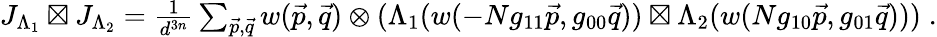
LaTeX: \begin{array}{r}{J_{\Lambda_{1}}\boxtimes J_{\Lambda_{2}}=\frac{1}{d^{3n}}\sum_{\vec{p},\vec{q}}w(\vec{p},\vec{q})\otimes(\Lambda_{1}(w(-Ng_{11}\vec{p},g_{00}\vec{q}))\boxtimes\Lambda_{2}(w(Ng_{10}\vec{p},g_{01}\vec{q})))\; .}\end{array}